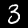
Label: 3